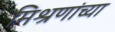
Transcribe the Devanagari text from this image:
मिश्रणांच्या